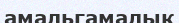
амальгамалық